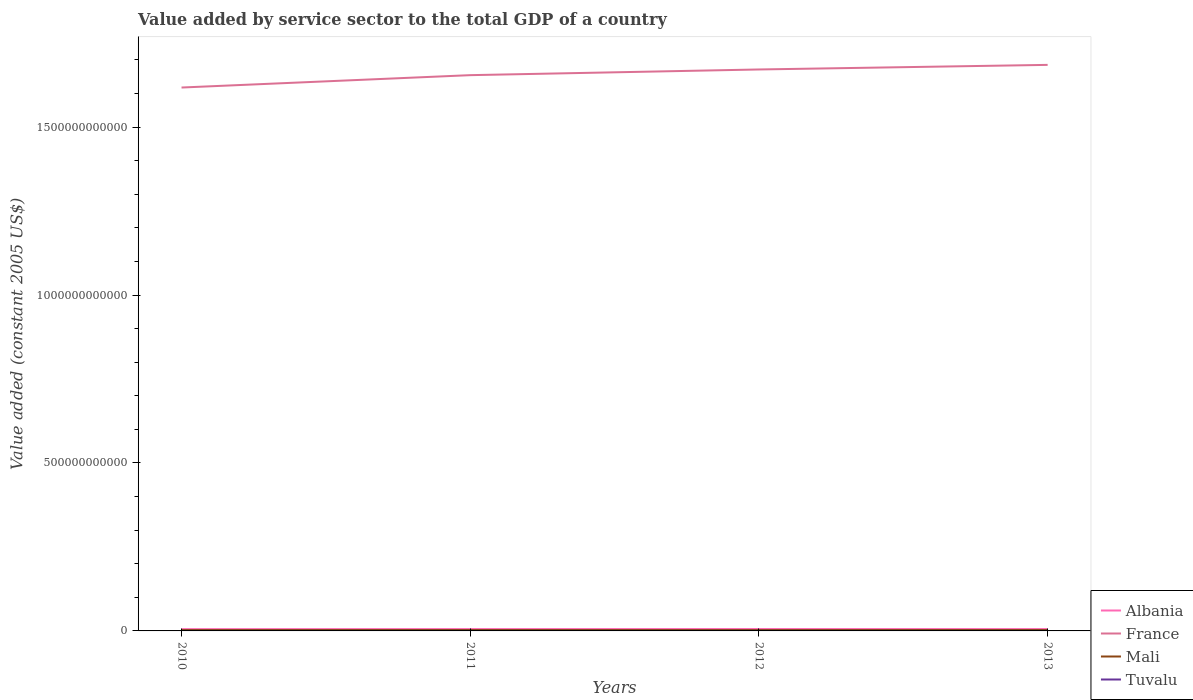
| Years | Albania | France | Mali | Tuvalu |
 | --- | --- | --- | --- | --- |
 | 2010 | 5.34e+09 | 1.62e+12 | 2.63e+09 | 1.41e+07 |
 | 2011 | 5.51e+09 | 1.65e+12 | 2.73e+09 | 1.51e+07 |
 | 2012 | 5.66e+09 | 1.67e+12 | 2.54e+09 | 1.64e+07 |
 | 2013 | 5.52e+09 | 1.69e+12 | 2.77e+09 | 1.7e+07 |